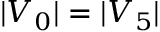
| V _ { 0 } | = | V _ { 5 } |